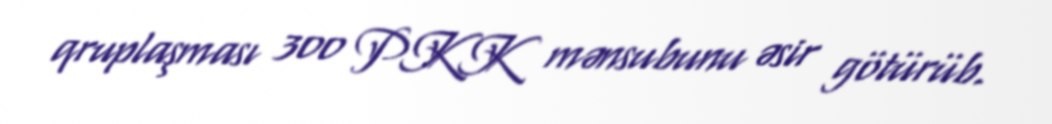
qruplaşması 300 PKK mənsubunu əsir götürüb.